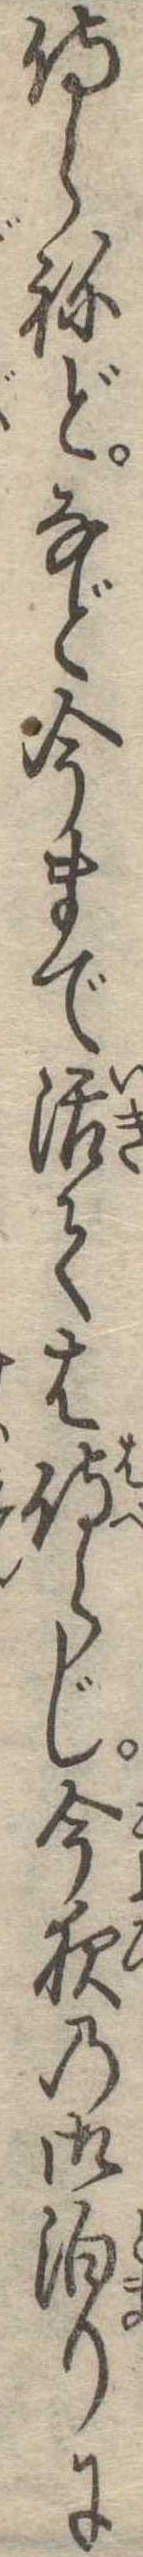
侍らねどなど今まで活ては侍らじ今夜の御泊りに